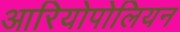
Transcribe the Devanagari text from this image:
आरियोपोलियन